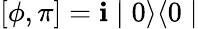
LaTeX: [\phi,\pi]=\mathbf{i}\mid0\rangle\langle0\mid